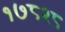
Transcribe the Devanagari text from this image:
१७८२८